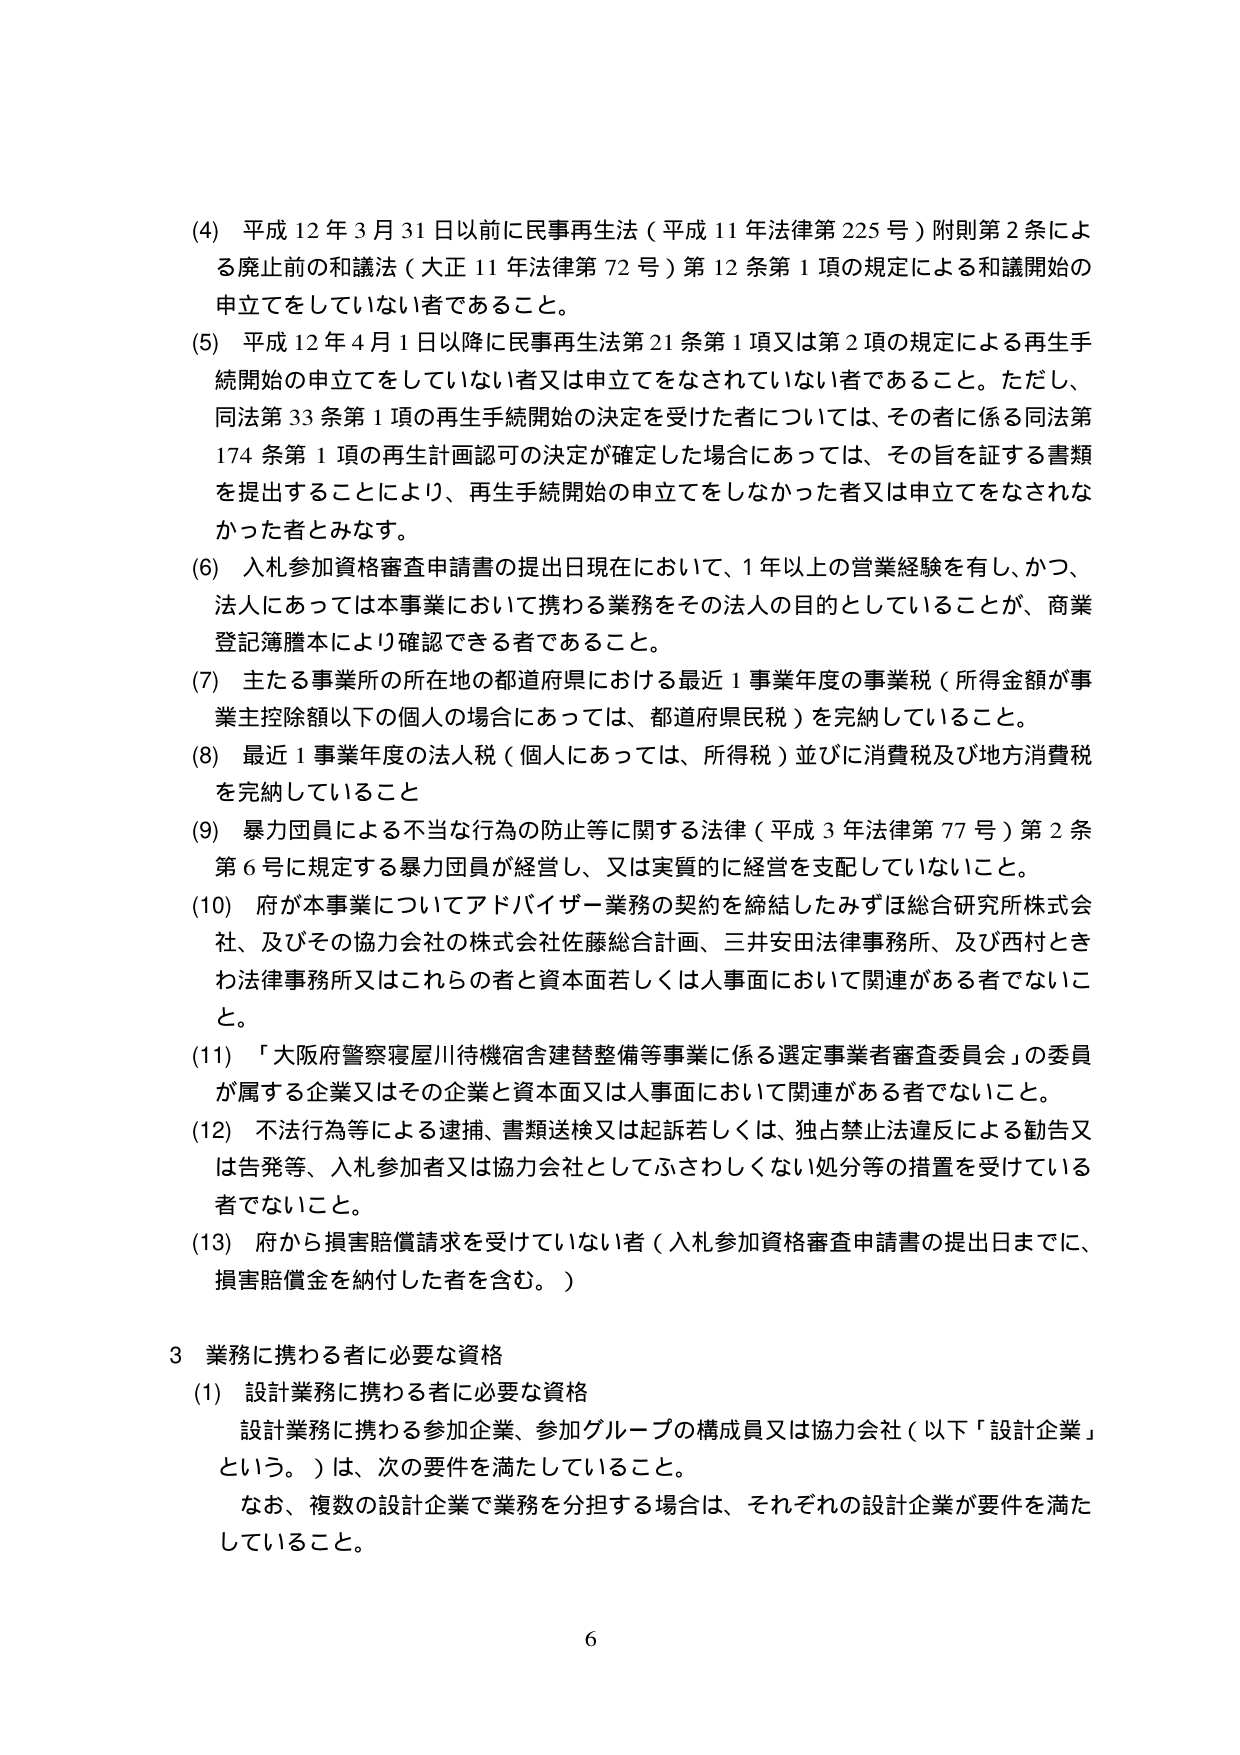
(4) 平成12年3月31日以前に民事再生法（平成11年法律第225号）附則第2条による廃止前の和議法（大正11年法律第72号）第12条第1項の規定による和議開始の申立てをしていない者であること。

(5) 平成12年4月1日以降に民事再生法第21条第1項又は第2項の規定による再生手続開始の申立てをしていない者又は申立てをなされていない者であること。ただし、同法第33条第1項の再生手続開始の決定を受けた者については、その者に係る同法第174条第1項の再生計画認可の決定が確定した場合にあっては、その旨を証する書類を提出することにより、再生手続開始の申立てをしなかった者又は申立てをなされなかった者とみなす。

(6) 入札参加資格審査申請書の提出日現在において、1年以上の営業経験を有し、かつ、法人にあっては本事業において携わる業務をその法人の目的としていることが、商業登記簿謄本により確認できる者であること。

(7) 主たる事業所の所在地の都道府県における最近1事業年度の事業税（所得金額が事業主控除額以下の個人の場合にあっては、都道府県民税）を完納していること。

(8) 最近1事業年度の法人税（個人にあっては、所得税）並びに消費税及び地方消費税を完納していること。

(9) 暴力団員による不当な行為の防止等に関する法律（平成3年法律第77号）第2条第6号に規定する暴力団員が経営し、又は実質的に経営を支配していないこと。

(10) 府が本事業についてアドバイザー業務の契約を締結したみずほ総合研究所株式会社、及びその協力会社の株式会社佐藤総合計画、三井安田法律事務所、及び西村ときわ法律事務所又はこれらの者と資本面若しくは人事面において関連がある者でないこと。

(11) 「大阪府警察寝屋川待機宿舎建替整備等事業に係る選定事業者審査委員会」の委員が属する企業又はその企業と資本面又は人事面において関連がある者でないこと。

(12) 不法行為等による逮捕、書類送検又は起訴若しくは、独占禁止法違反による勧告又は告発等、入札参加者又は協力会社としてふさわしくない処分等の措置を受けている者でないこと。

(13) 府から損害賠償請求を受けていない者（入札参加資格審査申請書の提出日までに、損害賠償金を納付した者を含む。）

3 業務に携わる者に必要な資格

(1) 設計業務に携わる者に必要な資格

設計業務に携わる参加企業、参加グループの構成員又は協力会社（以下「設計企業」という。）は、次の要件を満たしていること。

なお、複数の設計企業で業務を分担する場合は、それぞれの設計企業が要件を満たしていること。

6